Vaccination in Bombay 1889-1901 - 1889-1901
Year: 1889
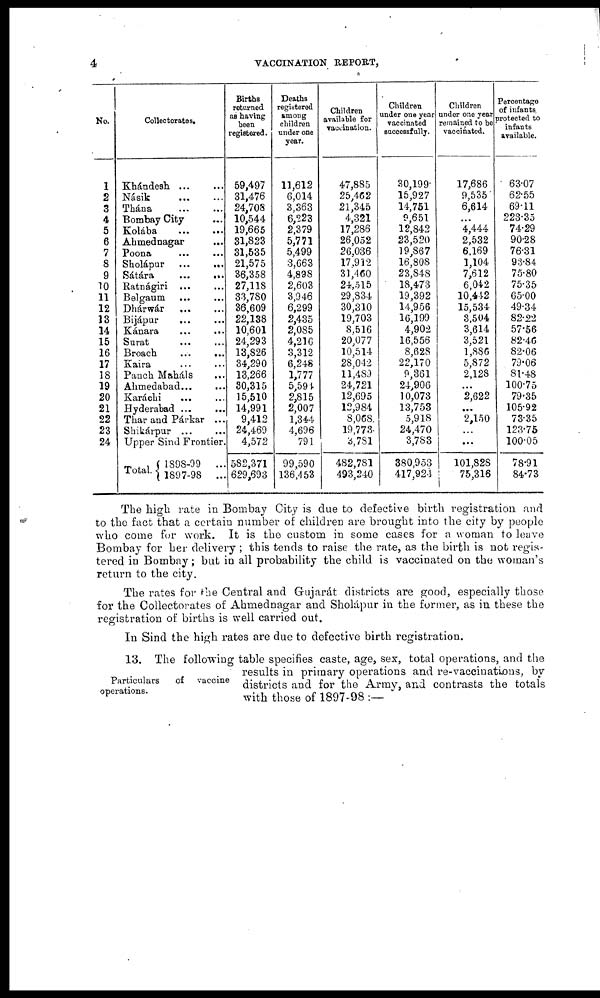
4
VACCINATION REPORT,
No.
1
2
3
4
5
6
7
8
9
10
11
12
13
14
15
16
17
18
19
20
21
22
23
24
Collectorates.
Khándesh ... ...
Násik ... ...
Thána ... ...
Bombay City ...
Kolába
...
...
Ahmednagar ...
Poona ... ...
Sholápur ...
...
Sátára
...
...
Ratnágiri ... ...
Belgaum ... ...
Dhárwár
... ...
Bijápur ... ...
Kánara ... ...
Surat ... ...
Broach
...
...
Kaira ... ...
Panch Maháls ...
Ahmedabad... ...
Karáchi ... ...
Hyderabad ... ...
Thar and Párkar ...
Shikárpur ...
...
Upper Sind Frontier.
Total.
1898-99 ...
1897-98 ...
Births
returned
as having
been
registered.
59,497
31,476
24,708
10,544
19,665
31,823
31,535
21,575
36,358
27,118
33,780
36,609
22,138
10,601
24,293
13,826
34,290
13,266
30,315
15,510
14,991
9,412
24,469
4,572
582,371
629,693
Deaths
registered
among
children
under one
year.
11,612
6,014
3,363
6,223
2,379
5,771
5,499
3,663
4,898
2,603
3,946
6,299
2,435
2,085
4,216
3,312
6,248
1,777
5,594
2,815
2,007
1,344
4,696
791
99,590
136,453
Children
available for
vaccination.
47,885
25,462
21,345
4,321
17,286
26,052
26,036
17,912
31,460
24,515
29,834
30,310
19,703
8,516
20,077
10,514
28,042
11,489
24,721
12,695
12,984
8,068
19,773
3,781
482,781
493,240
Children
under one year
vaccinated
successfully.
30,199
15,927
14,751
9,651
12,842
23,520
19,867
16,808
23,848
18,473
19,392
14,956
16,199
4,902
16,556
8,628
22,170
9,361
24,906
10,073
13,753
5,918
24,470
3,783
380,953
417,924
Children
under one year
remained to be
vaccinated.
17,686
9,535
6,614
...
4,444
2,532
6,169
1,104
7,612
6,042
10,442
15,534
3,504
3,614
3,521
1,886
5,872
2,128
...
2,622
...
2,150
...
...
101,828
75,316
Percentage
of infants
protected to
infants
available.
63.07
62.55
69.11
223.35
74.29
90.28
76.31
93.84
75.80
75.35
65.00
49.34
82.22
57.56
82.46
82.06
79.06
81.48
100.75
79.35
105.92
73.35
123.75
100.05
78.91
84.73
The high rate in Bombay City is due to defective birth registration and
to the fact that a certain number of children are brought into the city by people
who come for work. It is the custom in some cases for a woman to leave
Bombay for her delivery ; this tends to raise the rate, as the birth is not regis-
tered in Bombay; but in all probability the child is vaccinated on the woman's
return to the city.
The rates for the Central and Gujarát districts are good, especially those
for the Collectorates of Ahmednagar and Sholápur in the former, as in these the
registration of births is well carried out.
In Sind the high rates are due to defective birth registration.
Particulars
of vaccine
operations.
13. The following table specifies caste, age, sex, total operations, and the
results in primary operations and re-vaccinations, by
districts and for the Army, and contrasts the totals
with those of 1897-98 :—